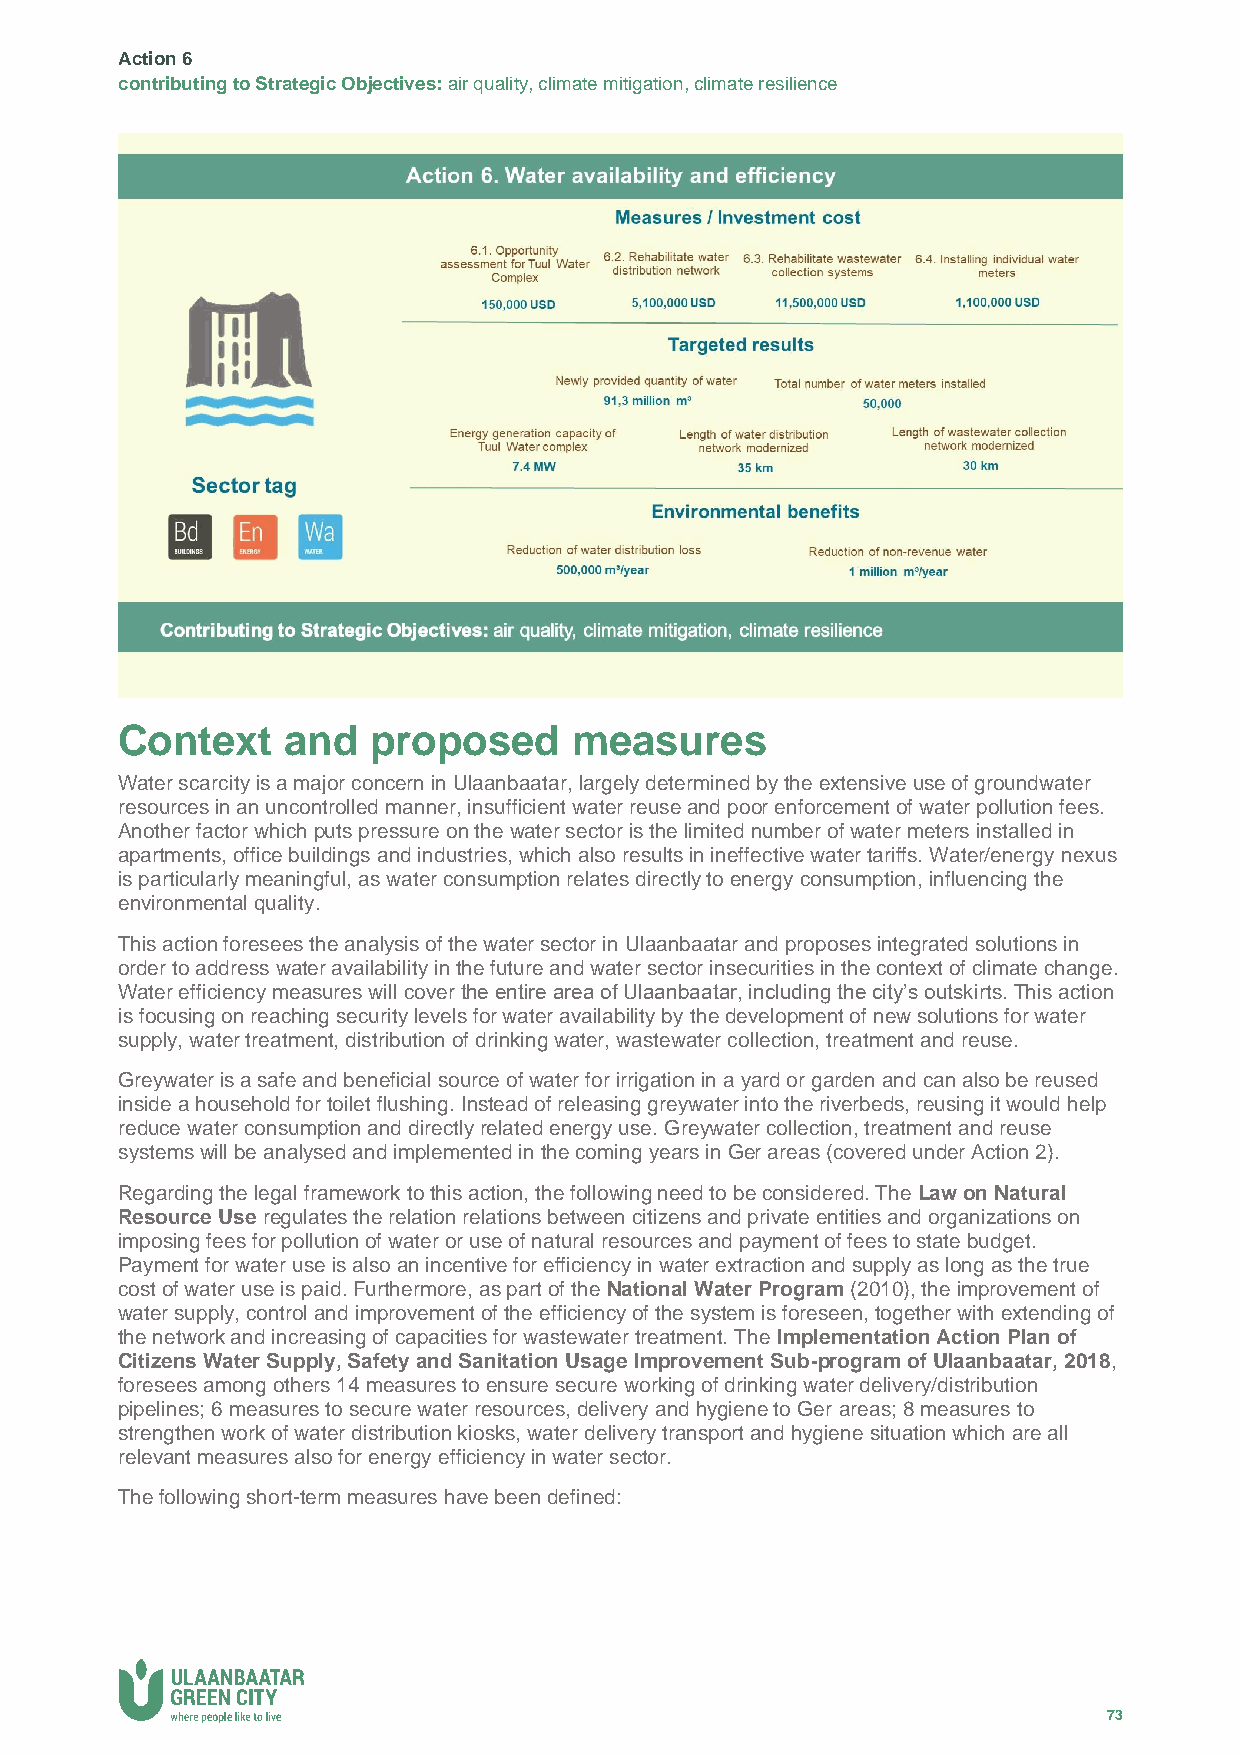
Action 6
 contributing to Strategic Objectives: air quality, climate mitigation, climate resilience
 Context    and   proposed     measures
 Water scarcity is a major concern in Ulaanbaatar, largely determined by the extensive use of groundwater
 resources in an uncontrolled manner, insufficient water reuse and poor enforcement of water pollution fees.
 Another factor which puts pressure on the water sector is the limited number of water meters installed in
 apartments, office buildings and industries, which also results in ineffective water tariffs. Water/energy nexus
 is particularly meaningful, as water consumption relates directly to energy consumption, influencing the
 environmental quality.
 This action foresees the analysis of the water sector in Ulaanbaatar and proposes integrated solutions in
 order to address water availability in the future and water sector insecurities in the context of climate change.
 Water efficiency measures will cover the entire area of Ulaanbaatar, including the city’s outskirts. This action
 is focusing on reaching security levels for water availability by the development of new solutions for water
 supply, water treatment, distribution of drinking water, wastewater collection, treatment and reuse.
 Greywater is a safe and beneficial source of water for irrigation in a yard or garden and can also be reused
 inside a household for toilet flushing. Instead of releasing greywater into the riverbeds, reusing it would help
 reduce water consumption and directly related energy use. Greywater collection, treatment and reuse
 systems will be analysed and implemented in the coming years in Ger areas (covered under Action 2).
 Regarding the legal framework to this action, the following need to be considered. The Law on Natural
 Resource Use regulates the relation relations between citizens and private entities and organizations on
 imposing fees for pollution of water or use of natural resources and payment of fees to state budget.
 Payment for water use is also an incentive for efficiency in water extraction and supply as long as the true
 cost of water use is paid. Furthermore, as part of the National Water Program (2010), the improvement of
 water supply, control and improvement of the efficiency of the system is foreseen, together with extending of
 the network and increasing of capacities for wastewater treatment. The Implementation Action Plan of
 Citizens Water Supply, Safety and Sanitation Usage Improvement Sub-program of Ulaanbaatar, 2018,
 foresees among others 14 measures to ensure secure working of drinking water delivery/distribution
 pipelines; 6 measures to secure water resources, delivery and hygiene to Ger areas; 8 measures to
 strengthen work of water distribution kiosks, water delivery transport and hygiene situation which are all
 relevant measures also for energy efficiency in water sector.
 The following short-term measures have been defined:
 73